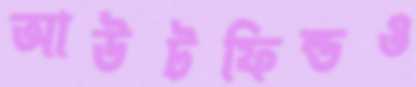
আউটফিল্ডও